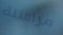
مراسلة